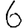
Digit: 6